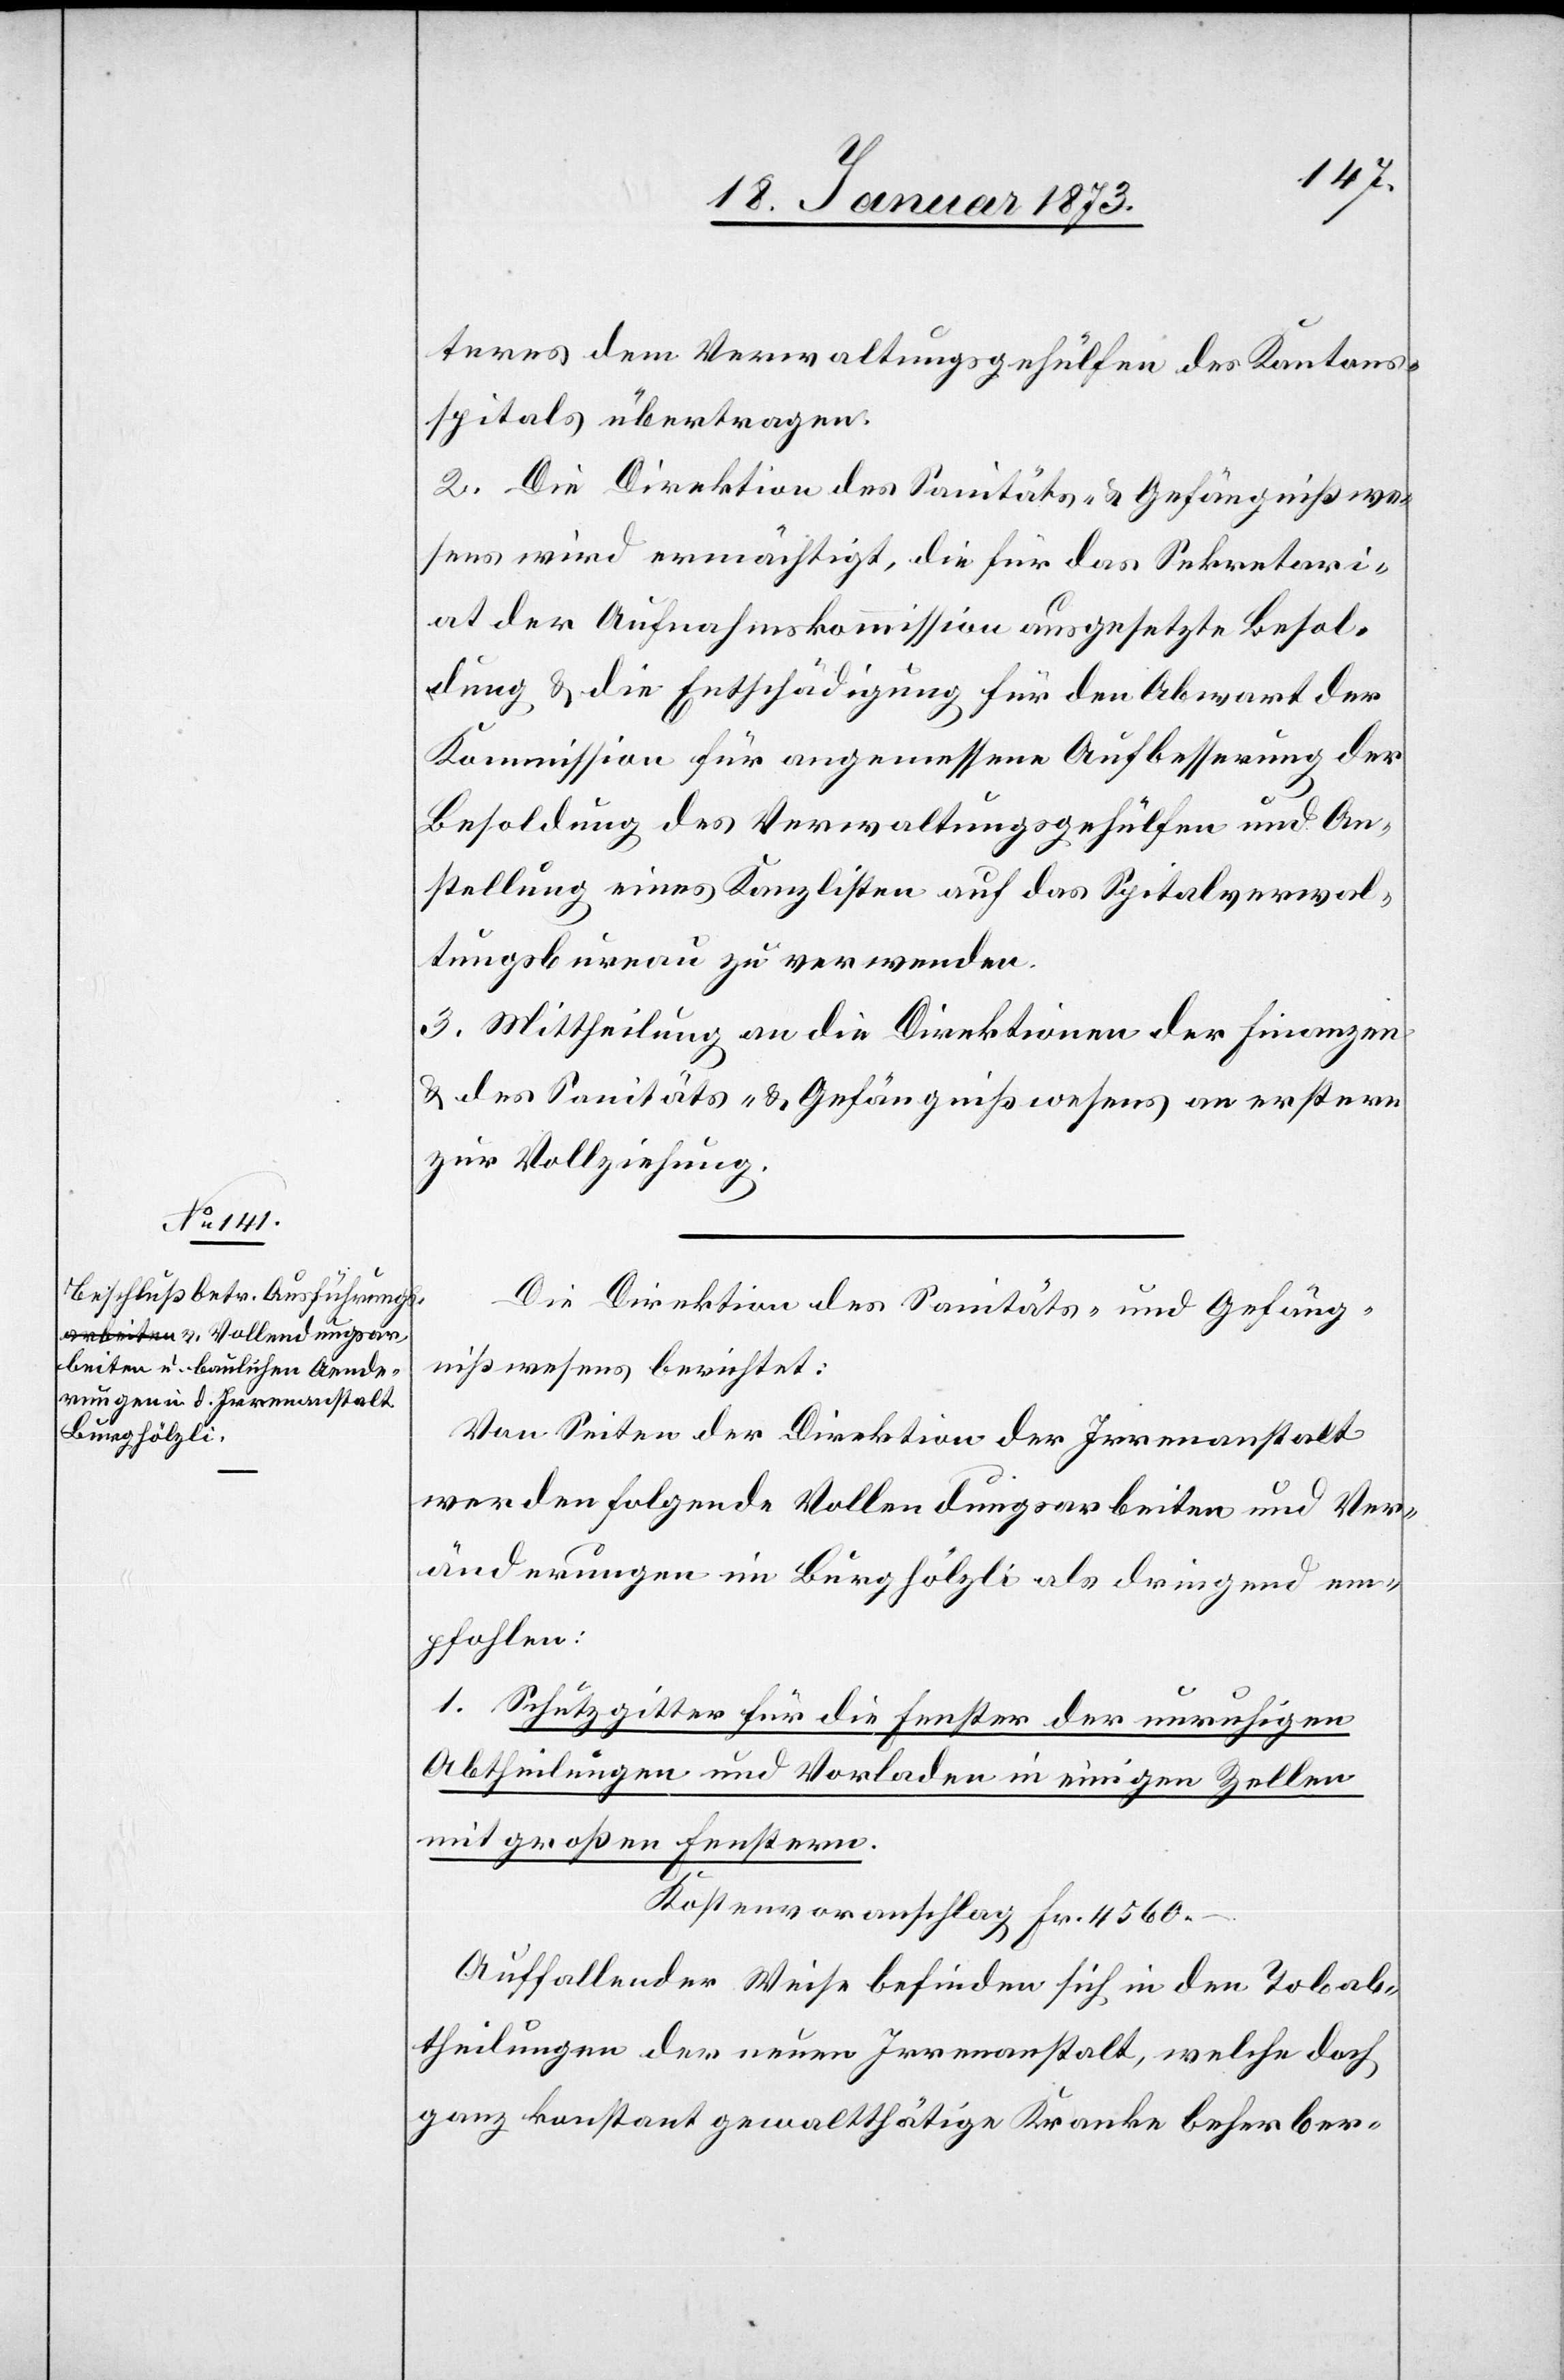
teres dem Verwaltungsgehülfen des Kantons¬
spitals übertragen.
2. Die Direktion des Sanitäts- u. Gefängnißwe¬
sens wird ermächtigt, die für das Sekretari¬
at der Aufnahmskommission ausgesetzte Besol¬
dung u. die Entschädigung für den Abwart der
Kommission für angemessene Aufbesserung der
Besoldung des Verwaltungsgehülfen und An¬
stellung eines Kanzlisten auf das Spitalverwal¬
tungsbureau zu verwenden.
3. Mittheilung an die Direktionen der Finanzen
u. des Sanitäts- u. Gefängnißwesens an erstere
zur Vollziehung.
Die Direktion des Sanitäts- und Gefäng¬
nißwesens berichtet:
Von Seiten der Direktion der Irrenanstalt
werden folgende Vollendungsarbeiten und Ver¬
änderungen in Burghölzli als dringend em¬
pfohlen:
1. Schutzgitter für die Fenster der unruhigen
Abtheilungen und Vorladen in einigen Zellen
mit großen Fenstern.
Kostenvoranschlag Fr. 4560.-.
Auffallender Weise befinden sich in den Tobab¬
theilungen der neuen Irrenanstalt, welche doch
ganz konstant gewaltthätige Kranke beherber-